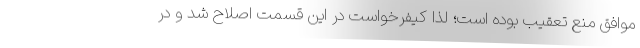
موافق منع تعقیب بوده است؛ لذا کیفرخواست در این قسمت اصلاح شد و در